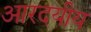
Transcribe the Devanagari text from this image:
आरदयीय